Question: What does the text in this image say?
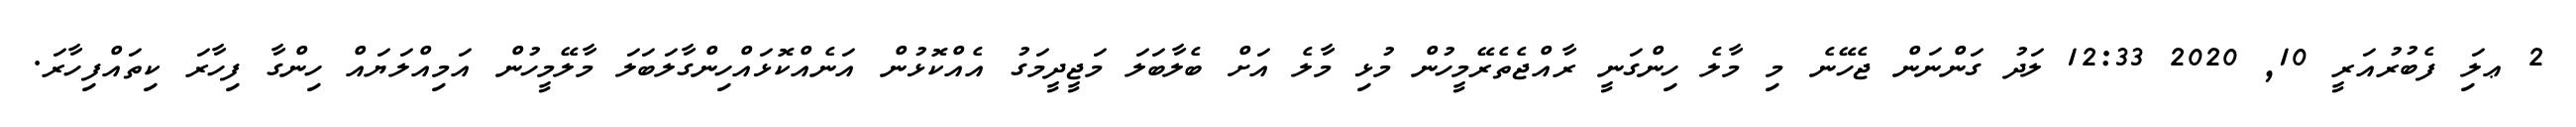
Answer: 2 ޢލަި ފެބުރުއަރީ 10, 2020 12:33 ލަދު ގަންނަން ޖެހޭނެ މި މާލެ ހިންގަނީ ރާއްޖެތެރޭމީހުން މުޅި މާލެ އަށް ބެލާބަލަ މަޖީދީމަގު އެއްކޮޅުން އަނެއްކޮޅައްހިންގާލަބަލަ މާލޭމީހުން އަމިއްލަޔައް ހިންގާ ފިހާރަ ކިތައްފިހާރަ.